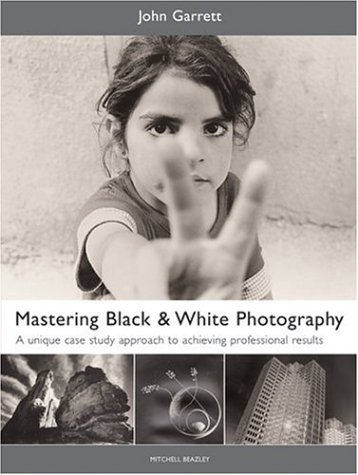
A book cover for Mastering Black & White Photography: A Unique Case Study Approach to Achieving Professional Results (Mitchell Beazley Photography); John Garrett; Arts & Photography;